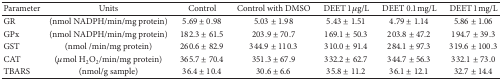
<table><thead><tr><td><b>Parameter</b></td><td><b>Units</b></td><td><b>Control</b></td><td><b>Control with DMSO</b></td><td><b>DEET 1 μg/L</b></td><td><b>DEET 0.1 mg/L</b></td><td><b>DEET 1 mg/L</b></td></tr></thead><tbody><tr><td>GR</td><td>(nmol NADPH/min/mg protein)</td><td>5.69 ± 0.98</td><td>5.03 ± 1.98</td><td>5.43 ± 1.51</td><td>4.79 ± 1.14</td><td>5.86 ± 1.06</td></tr><tr><td> GPx</td><td>(nmol NADPH/min/mg protein)</td><td>182.3 ± 61.5</td><td>203.9 ± 70.7</td><td>169.1 ± 50.3</td><td>203.8 ± 47.2</td><td>194.7 ± 39.3</td></tr><tr><td>GST</td><td>(nmol /min/mg protein)</td><td>260.6 ± 82.9</td><td>344.9 ± 110.3</td><td>310.0 ± 91.4</td><td>284.1 ± 97.3</td><td>319.6 ± 100.3</td></tr><tr><td>CAT</td><td>(μmol H<sub>2</sub>O<sub>2</sub>/min/mg protein)</td><td>365.7 ± 70.4</td><td>351.3 ± 67.9</td><td>332.2 ± 62.7</td><td>344.7 ± 56.3</td><td>332.1 ± 73.0</td></tr><tr><td>TBARS</td><td>(nmol/g sample)</td><td>36.4 ± 10.4</td><td>30.6 ± 6.6</td><td>35.8 ± 11.2</td><td>36.1 ± 12.1</td><td>32.7 ± 14.4</td></tr></tbody></table>